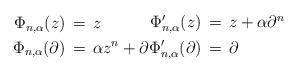
LaTeX: \begin{align*}\begin{aligned}\Phi_{n,\alpha}(z) &\,=\, z \\\Phi_{n,\alpha}(\partial) &\,=\, \alpha z^n + \partial\end{aligned}\begin{aligned}\Phi'_{n,\alpha}(z) &\,=\, z + \alpha \partial^n\\\Phi'_{n,\alpha}(\partial) &\,=\, \partial\end{aligned}\end{align*}